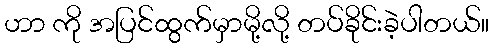
ဟာ ကို အပြင်ထွက်မှာမို့လို့ တပ်ခိုင်းခဲ့ပါတယ်။